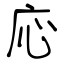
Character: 応